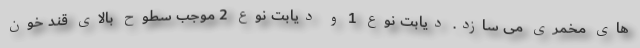
های مخمری می سازد. دیابت نوع 1 و دیابت نوع 2 موجب سطوح بالای قند خون